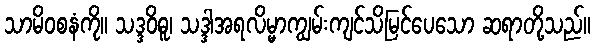
သာမိဝစနံကို။ သဒ္ဒဝိဓူ၊ သဒ္ဒါအရလိမ္မာကျွမ်းကျင်သိမြင်ပေသော ဆရာတို့သည်။